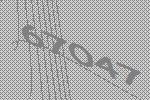
67047